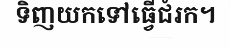
ទិញយកទៅធ្វើជំរក។